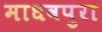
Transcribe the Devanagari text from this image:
माधवपुरा